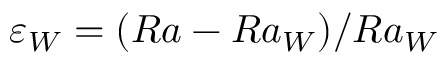
\varepsilon _ { W } = ( R a - R a _ { W } ) / R a _ { W }